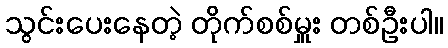
သွင်းပေးနေတဲ့ တိုက်စစ်မှူး တစ်ဦးပါ။